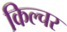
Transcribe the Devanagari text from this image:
किल्चर